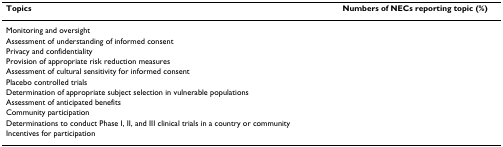
<table><thead><tr><td><b>Topics</b></td><td><b>Numbers of NECs reporting topic (%)</b></td></tr></thead><tbody><tr><td>Monitoring and oversight</td><td>[EMPTY_CELL]</td></tr><tr><td>Assessment of understanding of informed consent</td><td>[EMPTY_CELL]</td></tr><tr><td>Privacy and confidentiality</td><td>[EMPTY_CELL]</td></tr><tr><td>Provision of appropriate risk reduction measures</td><td>[EMPTY_CELL]</td></tr><tr><td>Assessment of cultural sensitivity for informed consent</td><td>[EMPTY_CELL]</td></tr><tr><td>Placebo controlled trials</td><td>[EMPTY_CELL]</td></tr><tr><td>Determination of appropriate subject selection in vulnerable populations</td><td>[EMPTY_CELL]</td></tr><tr><td>Assessment of anticipated benefits</td><td>[EMPTY_CELL]</td></tr><tr><td>Community participation</td><td>[EMPTY_CELL]</td></tr><tr><td>Determinations to conduct Phase I, II, and III clinical trials in a country or community</td><td>[EMPTY_CELL]</td></tr><tr><td>Incentives for participation</td><td>[EMPTY_CELL]</td></tr></tbody></table>